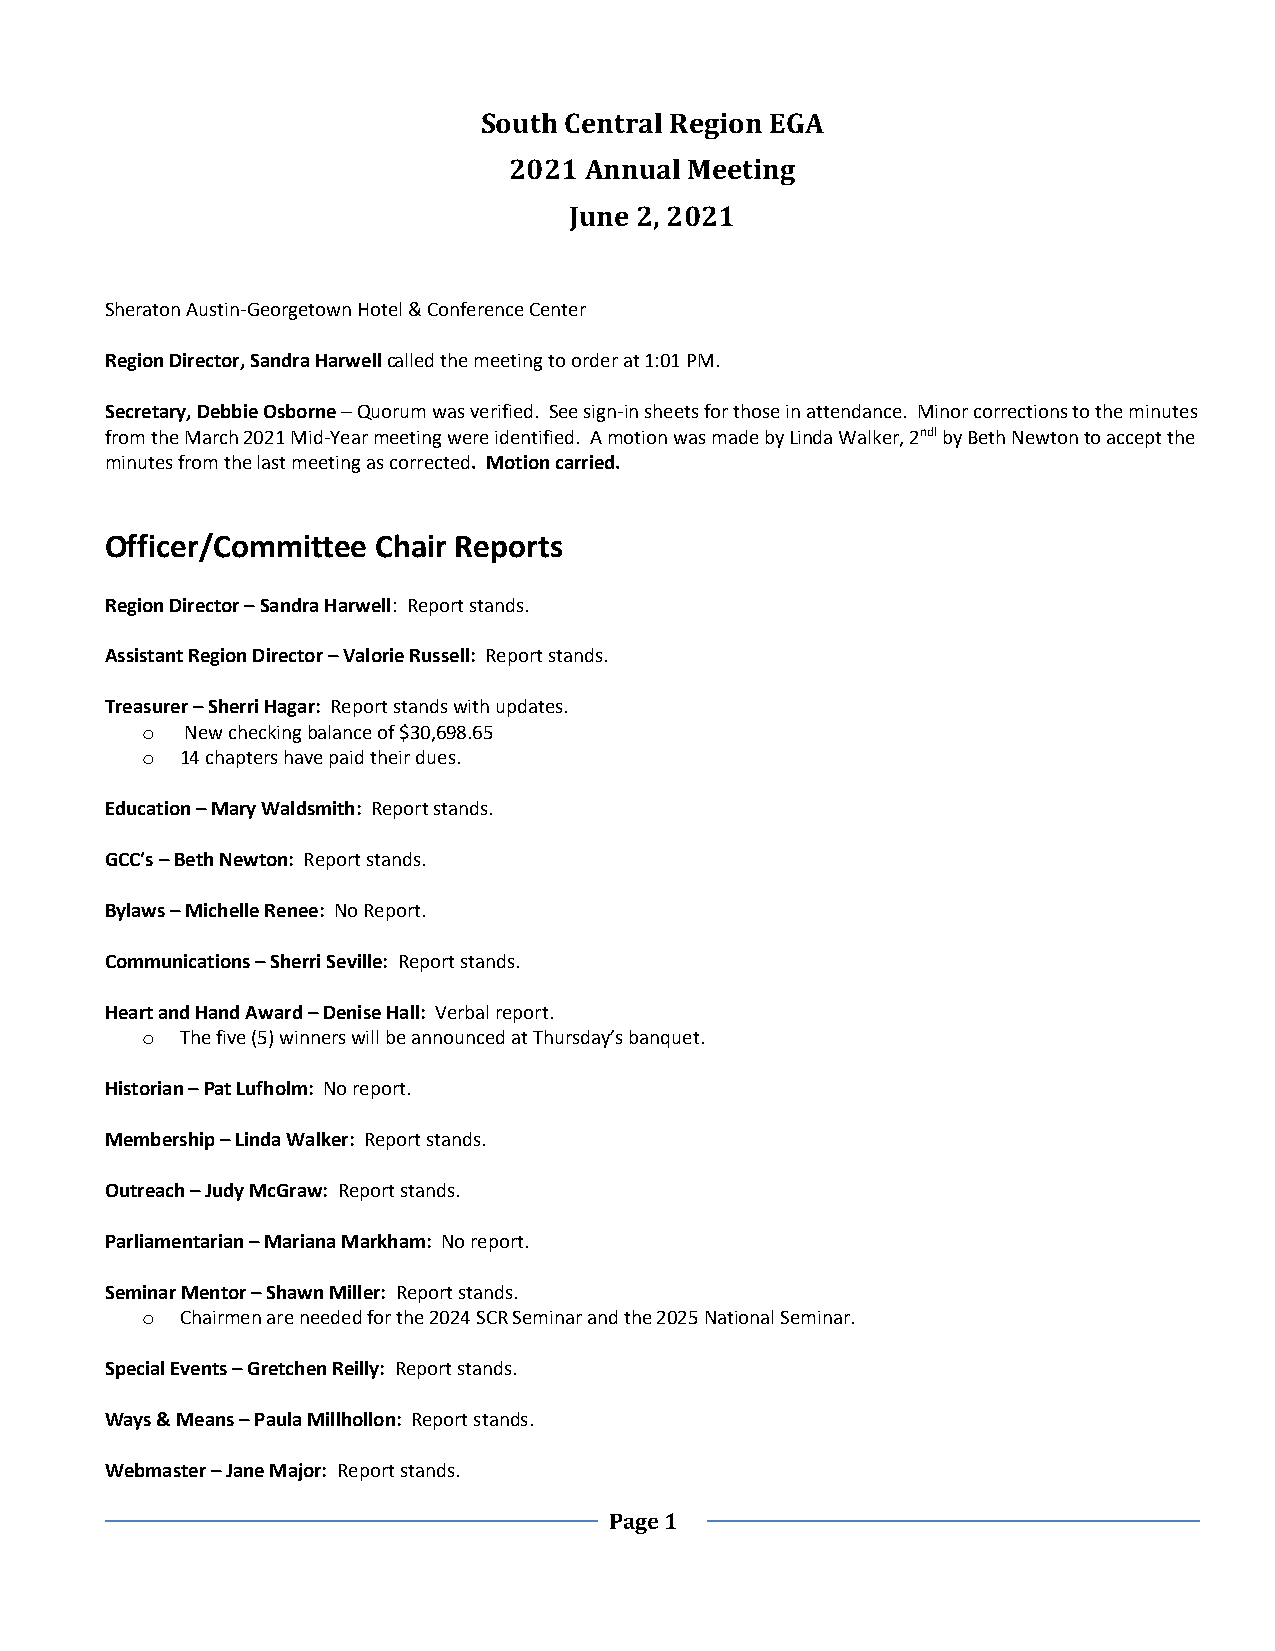
South Central Region EGA
 2021 Annual Meeting
 June 2, 2021
 Sheraton Austin-Georgetown Hotel & Conference Center
 Region Director, Sandra Harwell called the meeting to order at 1:01 PM.
 Secretary, Debbie Osborne – Quorum was verified. See sign-in sheets for those in attendance. Minor corrections to the minutes
 from the March 2021 Mid-Year meeting were identified. A motion was made by Linda Walker, 2ndl by Beth Newton to accept the
 minutes from the last meeting as corrected. Motion carried.
 Officer/Committee Chair Reports
 Region Director – Sandra Harwell: Report stands.
 Assistant Region Director – Valorie Russell: Report stands.
 Treasurer – Sherri Hagar: Report stands with updates.
 o  New checking balance of $30,698.65
 o  14 chapters have paid their dues.
 Education – Mary Waldsmith: Report stands.
 GCC’s – Beth Newton: Report stands.
 Bylaws – Michelle Renee: No Report.
 Communications – Sherri Seville: Report stands.
 Heart and Hand Award – Denise Hall: Verbal report.
 o  The five (5) winners will be announced at Thursday’s banquet.
 Historian – Pat Lufholm: No report.
 Membership – Linda Walker: Report stands.
 Outreach – Judy McGraw: Report stands.
 Parliamentarian – Mariana Markham: No report.
 Seminar Mentor – Shawn Miller: Report stands.
 o  Chairmen are needed for the 2024 SCR Seminar and the 2025 National Seminar.
 Special Events – Gretchen Reilly: Report stands.
 Ways & Means – Paula Millhollon: Report stands.
 Webmaster – Jane Major: Report stands.
 Page 1